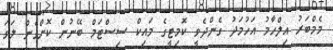
މެމްބަރު އިލްހާމު އަހުމަދު ގެންދެވީ ކޮމިޓީގެ މައިކް ސިސްޓަމް ބޭނުން ކޮށްގެން ލަވަ